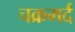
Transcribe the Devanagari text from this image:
चक्रमर्द